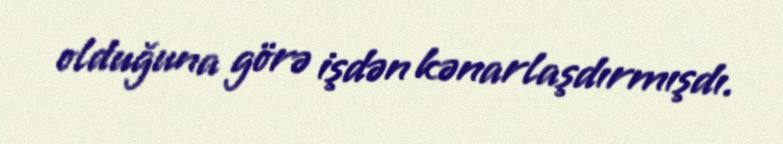
olduğuna görə işdən kənarlaşdırmışdı.